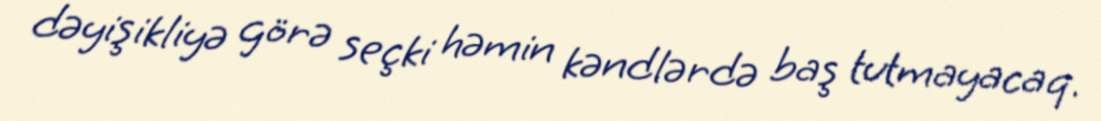
dəyişikliyə görə seçki həmin kəndlərdə baş tutmayacaq.